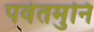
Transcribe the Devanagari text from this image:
पर्वतमुनि